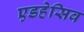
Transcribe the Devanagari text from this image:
एडहेसिव